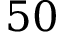
5 0